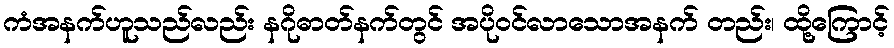
ကံအနက်ဟူသည်လည်း နဂိုဓာတ်နက်တွင် အပိုဝင်လာသောအနက် တည်း၊ ထို့ကြောင့်